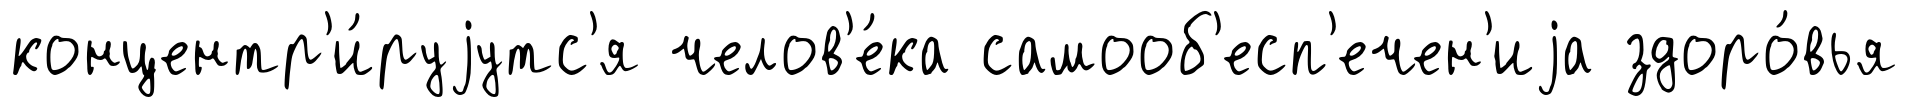
концентр'и́руjутс'я челов'е́ка самооб'есп'ечен'иjа здоро́вья